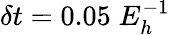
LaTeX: \delta t=0.05\; E_{h}^{-1}